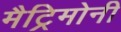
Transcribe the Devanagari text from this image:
मैट्रिमोनी